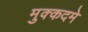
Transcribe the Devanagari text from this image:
मुक्कदमे